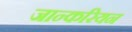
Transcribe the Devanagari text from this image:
जान्करियन